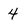
Character: 4